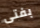
بفتى